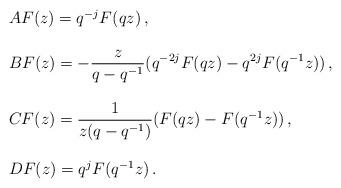
LaTeX: \begin{align*}\begin{array}{l}AF(z)=q^{-j}F(qz)\,, \\ \\BF(z)=-\displaystyle{ \frac{z}{q-q^{-1}} }(q^{-2j}F(qz)-q^{2j}F(q^{-1}z))\,,\\ \\CF(z)=\displaystyle{ \frac{1}{z(q-q^{-1})}} (F(qz)-F(q^{-1}z))\,, \\ \\DF(z)=q^{j}F(q^{-1}z)\,.\end{array}\end{align*}